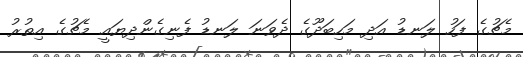
މެޗުގެ ފަހު ލަނޑު އަދި މަހިބަދޫގެ ދެވަނަ ލަނޑު ފެނިގެންދިޔައީ މެޗުގެ އިތުރު